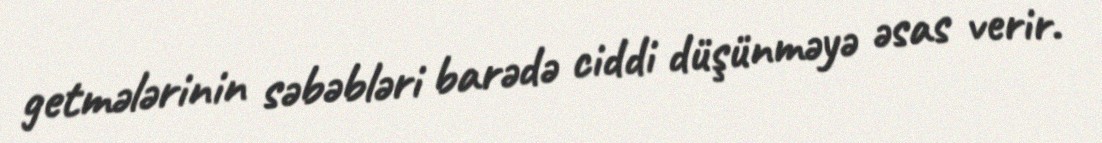
getmələrinin səbəbləri barədə ciddi düşünməyə əsas verir.